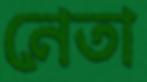
নেতা